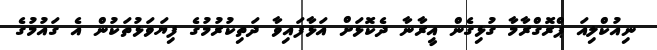
ނިއުކްލިއަ ޕްރޮގްރާމާ ގުޅިގެން އީރާނާ ދެކޮޅަށް އަޅާފައިވާ ދަތިކުރުމުގެ ފިޔަވަޅުތަކުން އެ ގައުމުގެ